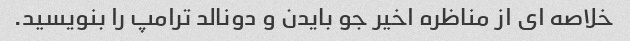
خلاصه ای از مناظره اخیر جو بایدن و دونالد ترامپ را بنویسید.